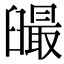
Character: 𦦣